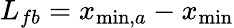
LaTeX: L_{fb}=x_{\operatorname*{min},a}-x_{\operatorname*{min}}